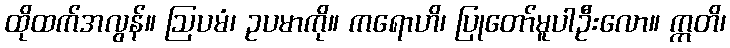
ထိုထက်အလွန်။ ဩပမံ၊ ဥပမာကို။ ကရောဟိ၊ ပြုတော်မူပါဦးလော။ ဣတိ၊